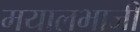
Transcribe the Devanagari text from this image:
मयालभाजी